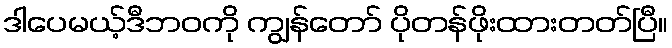
ဒါပေမယ့်ဒီဘဝကို ကျွန်တော် ပိုတန်ဖိုးထားတတ်ပြီ။